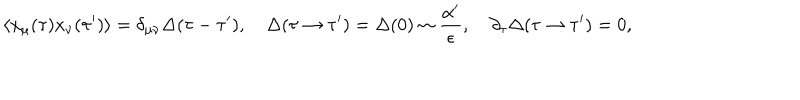
\langle x _ { \mu } ( \tau ) x _ { \nu } ( \tau ^ { \prime } ) \rangle = \delta _ { \mu \nu } \Delta ( \tau - \tau ^ { \prime } ) , \quad \Delta ( \tau \rightarrow \tau ^ { \prime } ) = \Delta ( 0 ) \sim \frac { \alpha ^ { \prime } } { \epsilon } , \quad \partial _ { \tau } \Delta ( \tau \rightarrow \tau ^ { \prime } ) = 0 ,